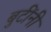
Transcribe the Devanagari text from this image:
बुटींनी